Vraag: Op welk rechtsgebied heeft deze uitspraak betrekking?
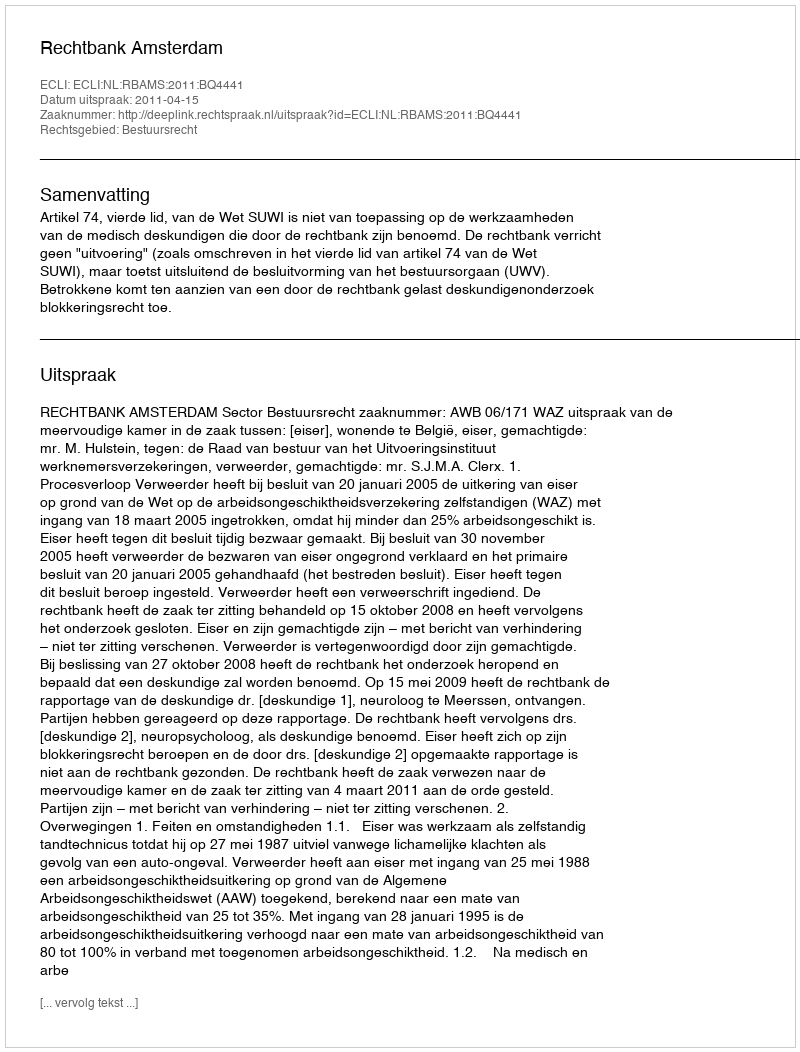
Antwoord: Bestuursrecht